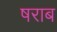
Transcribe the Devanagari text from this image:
षराब